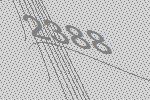
2388